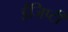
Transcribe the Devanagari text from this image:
ईजिप्टी